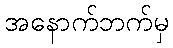
အနောက်ဘက်မှ